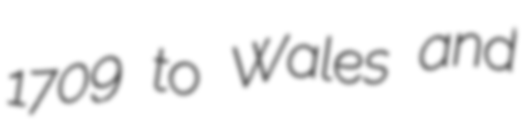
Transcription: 1709 to Wales and